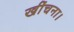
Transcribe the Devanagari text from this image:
खींचना।